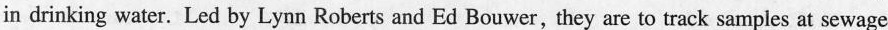
in drinking water.Led by Lynn Roberts and Ed Bouwer,they are to track samples at sewage